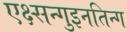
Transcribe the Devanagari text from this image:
एक्ष्सन्गुइनतिन्ग